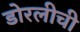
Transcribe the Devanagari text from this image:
डोरलीची